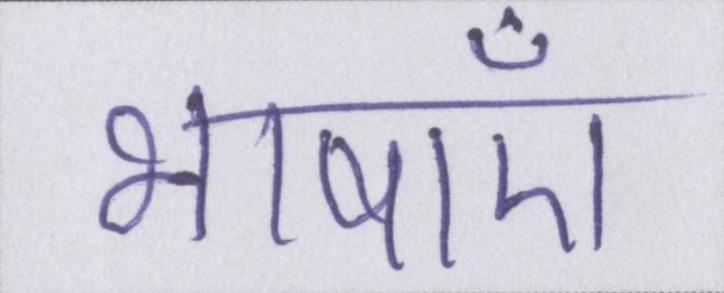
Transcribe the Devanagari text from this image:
भाषाएँ